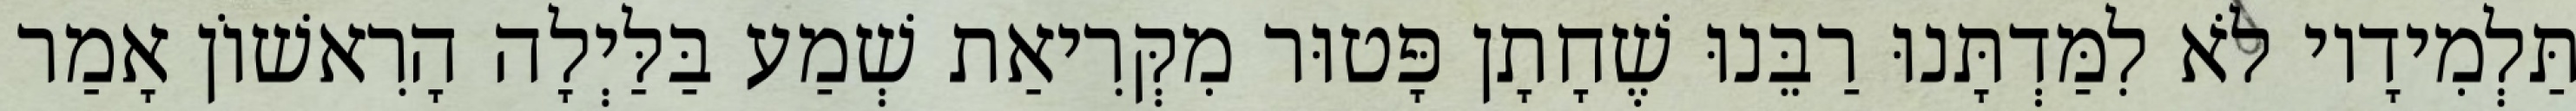
תַּלְמִידָיו לֹא לִמַּדְתָּנוּ רַבֵּנוּ שֶׁחָתָן פָּטוּר מִקְּרִיאַת שְׁמַע בַּלַּיְלָה הָרִאשׁוֹן אָמַר